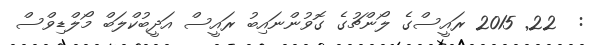
:  22